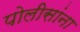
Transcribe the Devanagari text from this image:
पोलीसांना